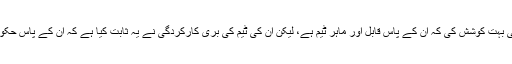
کپتان نے اگرچہ یہ ثابت کرنے کی بہت کوشش کی کہ ان کے پاس قابل اور ماہر ٹیم ہے، لیکن ان کی ٹیم کی بری کارکردگی نے یہ ثابت کیا ہے کہ ان کے پاس حکومتی ٹیم بہت کمزور اور نااہل ہے۔